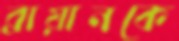
ব্রায়ানকে